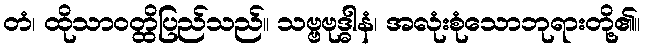
တံ၊ ထိုသာဝတ္ထိပြည်သည်။ သဗ္ဗဗုဒ္ဓါနံ၊ အလုံးစုံသောဘုရားတို့၏။